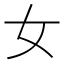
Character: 女